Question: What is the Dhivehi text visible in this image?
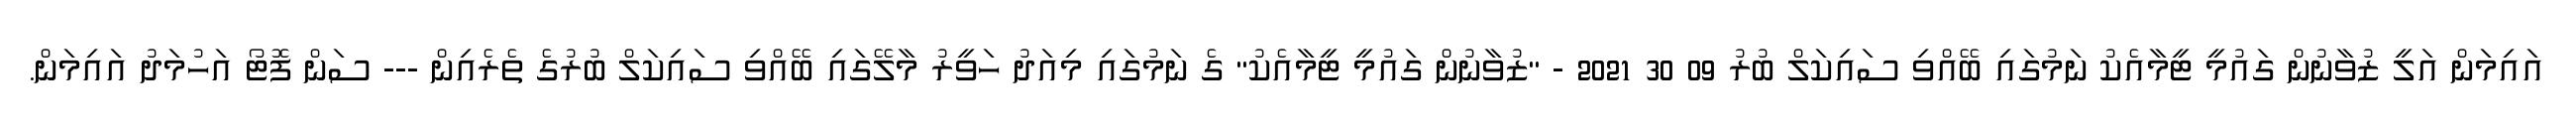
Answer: އައިމަން އަލީ ޒުވާނުން ގައުމީ ޓީމާއެކު ނަމުގައި ބޭއްވި ސައިކަލް ބުރު 09 30 2021 - "ޒުވާނުން ގައުމީ ޓީމާއެކު" ގެ ނަމުގައި މިއަދު ހަވީރު މާލޭގައި ބޭއްވި ސައިކަލް ބުރުގެ ތެރެއިން --- ސަން ފޮޓޯ އަހުމަދު އައިމަން.